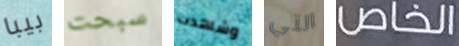
بيبا سبحت وشاهدت التي الخاص